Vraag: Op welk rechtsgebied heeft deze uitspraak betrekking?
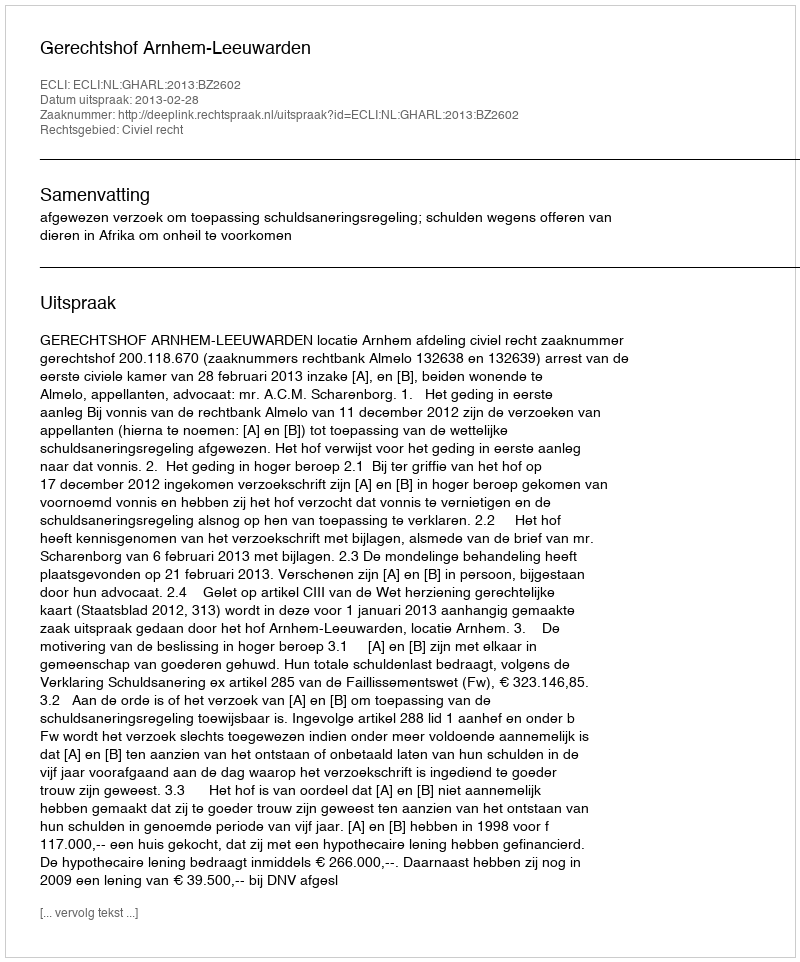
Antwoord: Civiel recht